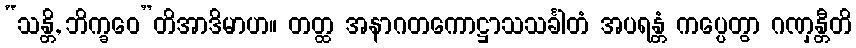
“သန္တိ, ဘိက္ခဝေ”တိအာဒိမာဟ။ တတ္ထ အနာဂတကောဋ္ဌာသသင်္ခါတံ အပရန္တံ ကပ္ပေတွာ ဂဏှန္တီတိ